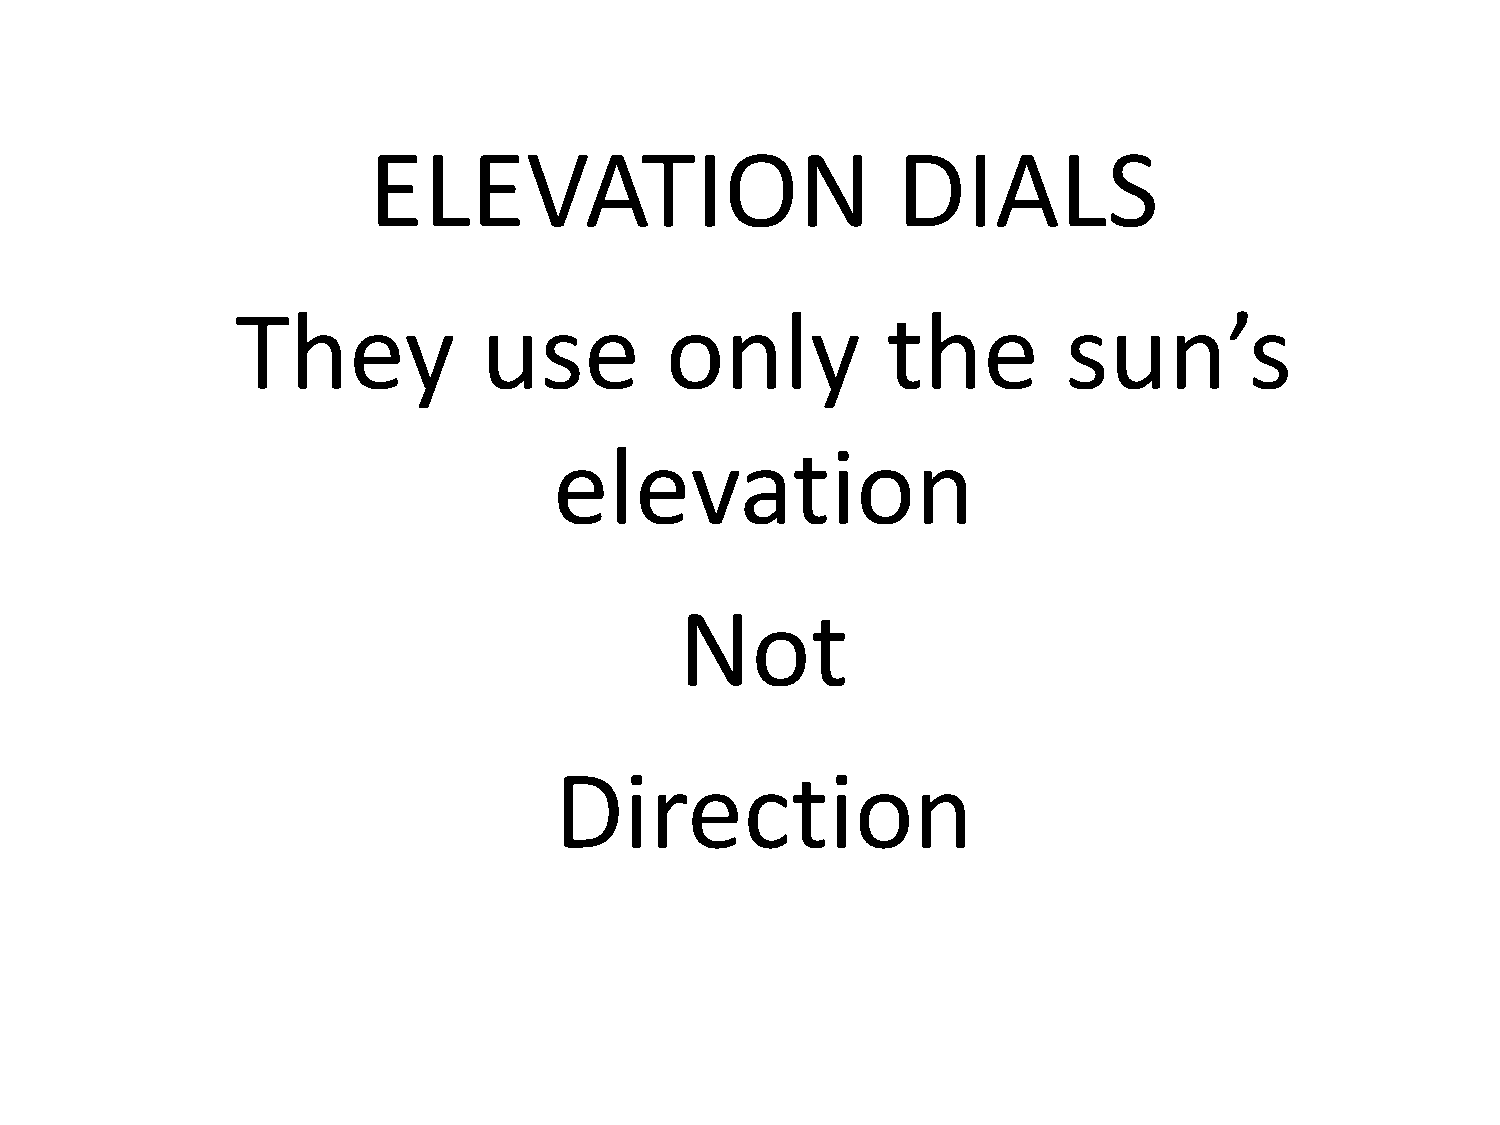
ELEVATION                          DIALS
 They            use         only           the         sun’s
 elevation
 Not
 Direction